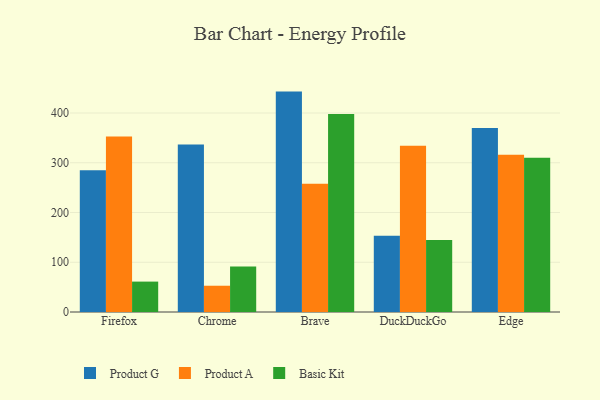
{"axis": {"x": "Browser", "y": "Net Income (USD K)"}, "legend": ["Basic Kit", "Product A", "Product G"], "data": [{"x": "Firefox", "y": 285.1, "type": "Product G"}, {"x": "Firefox", "y": 352.8, "type": "Product A"}, {"x": "Firefox", "y": 61.1, "type": "Basic Kit"}, {"x": "Chrome", "y": 336.7, "type": "Product G"}, {"x": "Chrome", "y": 52.8, "type": "Product A"}, {"x": "Chrome", "y": 91.6, "type": "Basic Kit"}, {"x": "Brave", "y": 443.0, "type": "Product G"}, {"x": "Brave", "y": 257.9, "type": "Product A"}, {"x": "Brave", "y": 397.9, "type": "Basic Kit"}, {"x": "DuckDuckGo", "y": 153.2, "type": "Product G"}, {"x": "DuckDuckGo", "y": 334.1, "type": "Product A"}, {"x": "DuckDuckGo", "y": 144.6, "type": "Basic Kit"}, {"x": "Edge", "y": 369.6, "type": "Product G"}, {"x": "Edge", "y": 316.0, "type": "Product A"}, {"x": "Edge", "y": 309.9, "type": "Basic Kit"}]}